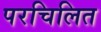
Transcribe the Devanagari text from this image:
परचिलित